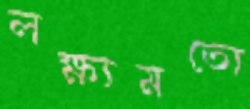
লক্ষ্যমতো